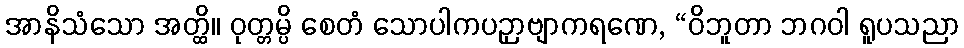
အာနိသံသော အတ္ထိ။ ဝုတ္တမ္ပိ စေတံ သောပါကပဉှာဗျာကရဏေ, “ဝိဘူတာ ဘဂဝါ ရူပသညာ